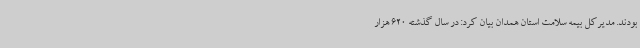
بودند. مدیرکل بیمه سلامت استان همدان بیان کرد: در سال گذشته 620 هزار